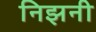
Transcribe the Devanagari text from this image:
निझनी